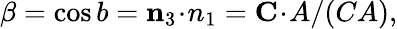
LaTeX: \beta=\cos{b}={\mathbf n_{3}\! \cdot\! n_{1}}={\mathbf C\! \cdot\! A}/(CA),